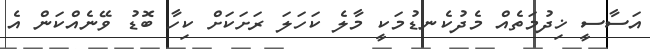
އަސާސީ ޚިދުމަތެއް މެދުކެނޑުމަކީ މާލެ ކަހަލަ ރަށަކަށް ކިހާ ބޮޑު ވޭނެއްކަން އެ